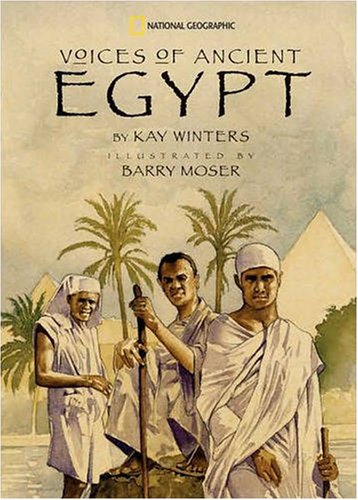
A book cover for Voices of Ancient Egypt; Kay Winters; Children's Books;